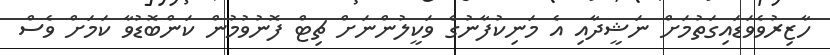
ހާޒިރުވެވަޑައިގަތުމަށް ނަޝީދާއި އެ މަނިކުފާނުގެ ވަކީލުންނަށް ޗިޓް ފޮނުވުމުން ކަންބޮޑުވާ ކަމަށް ވެސް